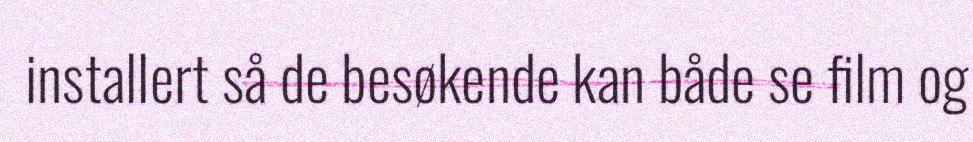
installert så de besøkende kan både se film og